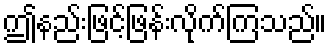
ဤနည်းဖြင့်ဖြန်းလိုက်ကြသည်။